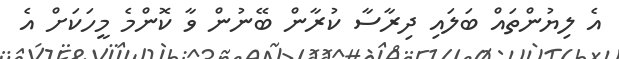
އެ ލިޔުންތައް ބަލައި ދިރާސާ ކުރާން ބޭނުން ވާ ކޮންމެ މީހަކަށް އެ